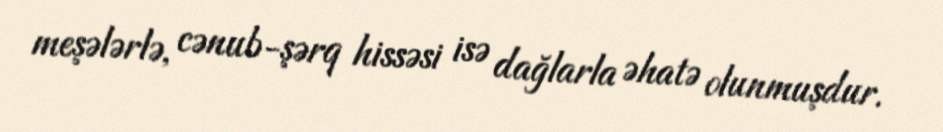
meşələrlə, cənub-şərq hissəsi isə dağlarla əhatə olunmuşdur.